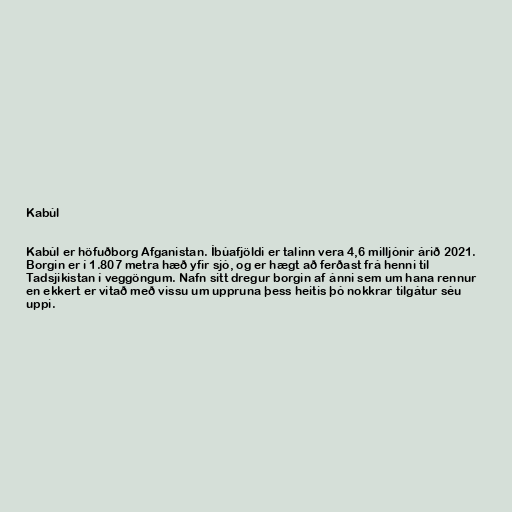
Kabúl

Kabúl er höfuðborg Afganistan. Íbúafjöldi er talinn vera 4,6 milljónir árið 2021.
Borgin er í 1.807 metra hæð yfir sjó, og er hægt að ferðast frá henni til
Tadsjikistan í veggöngum. Nafn sitt dregur borgin af ánni sem um hana rennur
en ekkert er vitað með vissu um uppruna þess heitis þó nokkrar tilgátur séu
uppi.